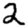
Digit: 2